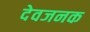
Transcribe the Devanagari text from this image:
देवजनक